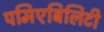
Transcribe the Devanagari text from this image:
पमिएबिलिटी